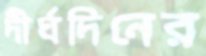
দীর্ঘদিনের